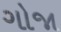
ગોજા